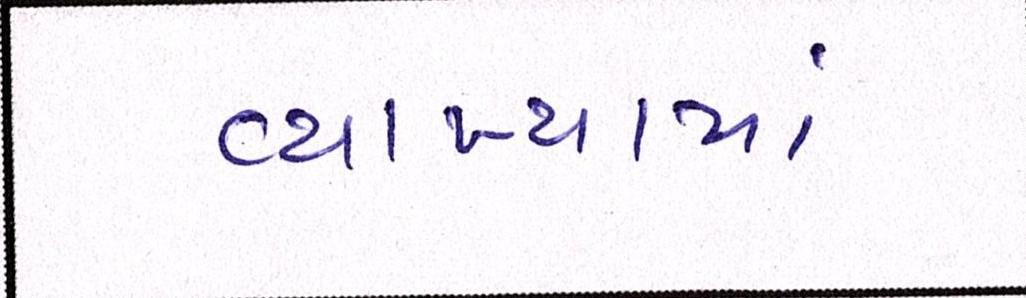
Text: વ્યાખ્યામાં